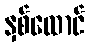
နှစ်ထောင်